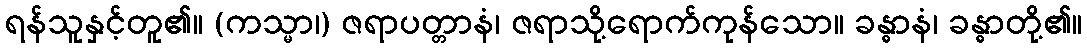
ရန်သူနှင့်တူ၏။ (ကသ္မာ၊) ဇရာပတ္တာနံ၊ ဇရာသို့ရောက်ကုန်သော။ ခန္ဓာနံ၊ ခန္ဓာတို့၏။